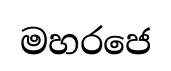
මහරජෙ